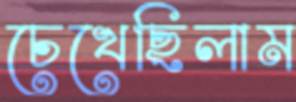
চেখেছিলাম